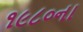
૧૯૮૦ના